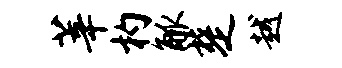
莘杓觚楚越